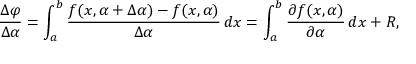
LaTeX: { \frac { \Delta \varphi } { \Delta \alpha } } = \int _ { a } ^ { b } { \frac { f ( x , \alpha + \Delta \alpha ) - f ( x , \alpha ) } { \Delta \alpha } } \, d x = \int _ { a } ^ { b } { \frac { \partial f ( x , \alpha ) } { \partial \alpha } } \, d x + R ,